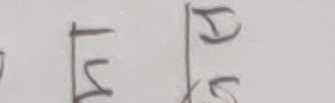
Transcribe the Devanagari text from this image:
एन